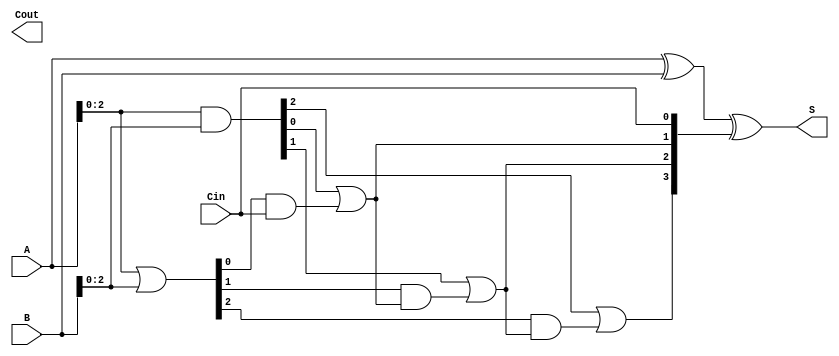
module CLA #(parameter N = 4) (
    input  wire [N-1:0] A,      // First n-bit input
    input  wire [N-1:0] B,      // Second n-bit input
    input  wire Cin,             // Carry-in
    output wire [N-1:0] S,      // n-bit sum output
    output wire Cout             // Carry-out
);

    // Generate and Propagate signals
    wire [N-1:0] G; // Generate
    wire [N-1:0] P; // Propagate
    wire [N:0] C;   // Carry signals

    // Generate and Propagate Logic
    assign G = A & B;          // Gi = Ai AND Bi
    assign P = A | B;          // Pi = Ai OR Bi

    // Carry Generation
    assign C[0] = Cin;         // C0 = Cin
    genvar i;
    generate
        for (i = 0; i < N-1; i = i + 1) begin : carry_generation
            assign C[i+1] = G[i] | (P[i] & C[i]); // Ci = Gi-1 OR (Pi-1 AND Ci-1)
        end
    endgenerate

    assign Cout = C[N];        // Carry-out
       
    // Sum Calculation
    assign S = A ^ B ^ C[N-1:0]; // Si = Ai XOR Bi XOR Ci

endmodule